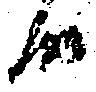
候